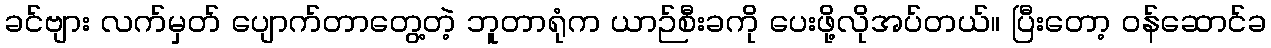
ခင်ဗျား လက်မှတ် ပျောက်တာတွေ့တဲ့ ဘူတာရုံက ယာဉ်စီးခကို ပေးဖို့လိုအပ်တယ်။ ပြီးတော့ ဝန်ဆောင်ခ